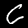
Digit: 6